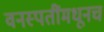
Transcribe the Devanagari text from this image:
वनस्पतींमधूनच